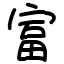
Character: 富